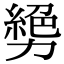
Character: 㔢